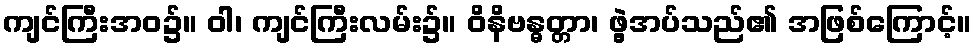
ကျင်ကြီးအဝ၌။ ဝါ၊ ကျင်ကြီးလမ်း၌။ ဝိနိဗန္ဓတ္တာ၊ ဖွဲ့အပ်သည်၏ အဖြစ်ကြောင့်။